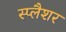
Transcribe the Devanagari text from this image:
स्प्लैशर